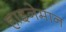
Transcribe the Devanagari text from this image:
हाइनेमान